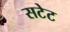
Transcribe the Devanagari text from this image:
सटेट